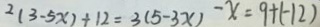
2 ( 3 - 5 x ) + 1 2 = 3 ( 5 - 3 x ) - x = 9 + ( - 1 2 )